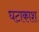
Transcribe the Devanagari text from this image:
घटाकाश